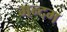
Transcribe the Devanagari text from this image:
गन्दम